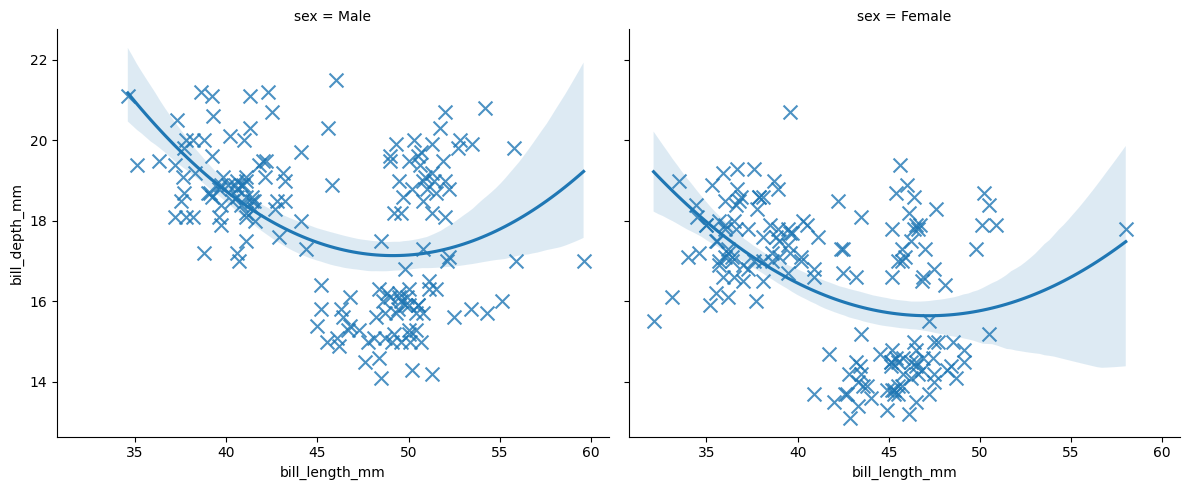
python, seaborn, lmplot, aspect=1.2, order=2, markers='x'